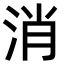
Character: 消